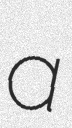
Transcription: a